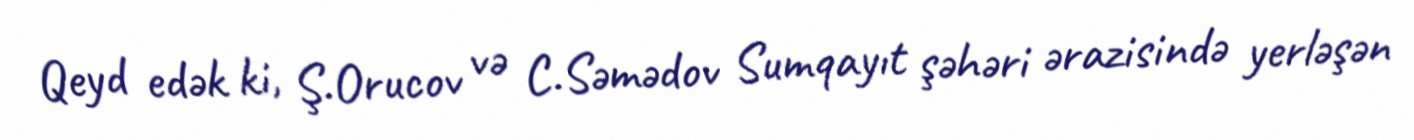
Qeyd edək ki, Ş.Orucov və C.Səmədov Sumqayıt şəhəri ərazisində yerləşən